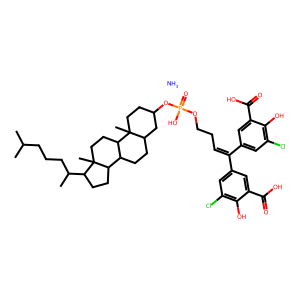
SMILES: CC(C)CCCC(C)C1CCC2C3CCC4CC(OP(=O)(O)OCCC=C(c5cc(Cl)c(O)c(C(=O)O)c5)c5cc(Cl)c(O)c(C(=O)O)c5)CCC4(C)C3CCC12C.N
Inhibits HIV replication: No